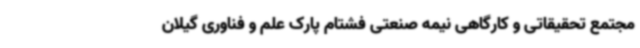
مجتمع تحقیقاتی و کارگاهی نیمه صنعتی فشتام پارک علم و فناوری گیلان